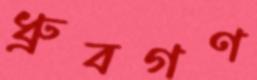
ধ্রুবগণ